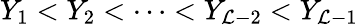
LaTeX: Y_{1}<Y_{2}<\dots<Y_{{\cal L}-2}<Y_{{\cal L}-1}